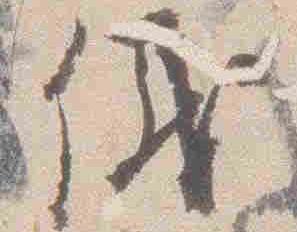
儀